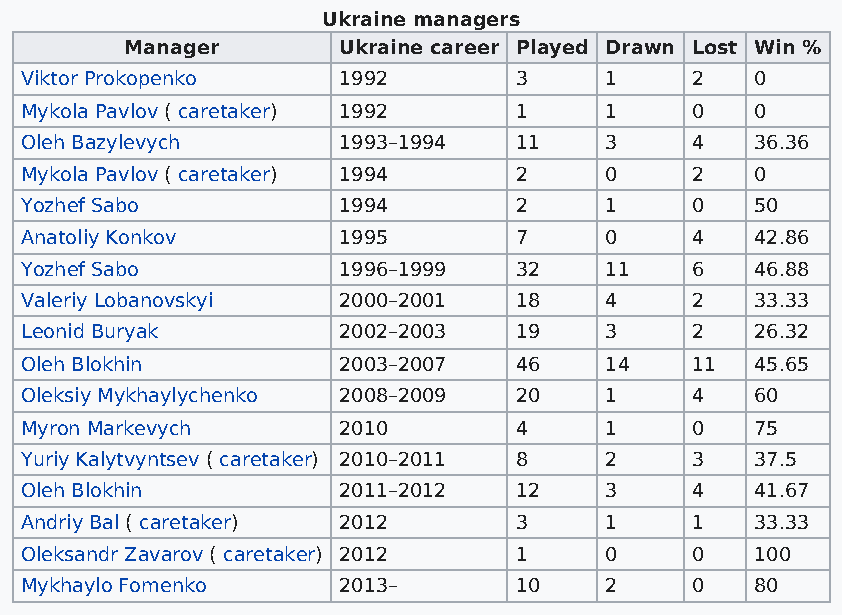
Ukraine managers
 Manager       Ukraine career Played Drawn Lost Win %
 Viktor Prokopenko    1992        3     1     2   0
 Mykola Pavlov ( caretaker) 1992  1     1     0   0
 Oleh Bazylevych      1993–1994   11    3     4   36.36
 Mykola Pavlov ( caretaker) 1994  2     0     2   0
 Yozhef Sabo          1994        2     1     0   50
 Anatoliy Konkov      1995        7     0     4   42.86
 Yozhef Sabo          1996–1999   32    11    6   46.88
 Valeriy Lobanovskyi  2000–2001   18    4     2   33.33
 Leonid Buryak        2002–2003   19    3     2   26.32
 Oleh Blokhin         2003–2007   46    14    11  45.65
 Oleksiy Mykhaylychenko 2008–2009 20    1     4   60
 Myron Markevych      2010        4     1     0   75
 Yuriy Kalytvyntsev ( caretaker) 2010–2011 8 2 3  37.5
 Oleh Blokhin         2011–2012   12    3     4   41.67
 Andriy Bal ( caretaker) 2012     3     1     1   33.33
 Oleksandr Zavarov ( caretaker) 2012 1  0     0   100
 Mykhaylo Fomenko     2013–       10    2     0   80